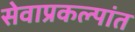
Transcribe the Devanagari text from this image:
सेवाप्रकल्पांत